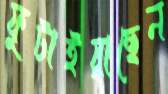
ফুটাইয়াছেন